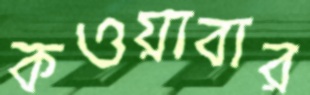
কওয়াবার